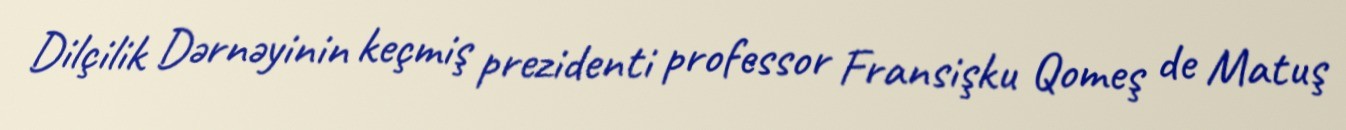
Dilçilik Dərnəyinin keçmiş prezidenti professor Fransişku Qomeş de Matuş